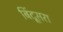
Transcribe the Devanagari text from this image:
बिंदूसरा